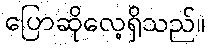
ပြောဆိုလေ့ရှိသည်။